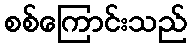
စစ်ကြောင်းသည်